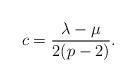
LaTeX: \begin{align*}c=\frac{\lambda - \mu}{2(p-2)}.\end{align*}